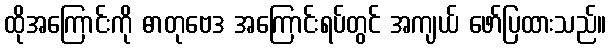
ထိုအကြောင်းကို ဓာတုဗေဒ အကြောင်းရပ်တွင် အကျယ် ဖော်ပြထားသည်။